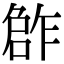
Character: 𠹨